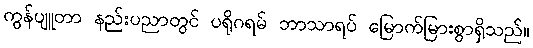
ကွန်ပျူတာ နည်းပညာတွင် ပရိုဂရမ် ဘာသာရပ် မြောက်မြားစွာရှိသည်။